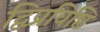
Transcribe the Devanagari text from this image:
द्विप्रविष्टि